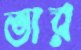
ভার